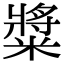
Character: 䊢